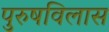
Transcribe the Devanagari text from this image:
पुरुषविलास